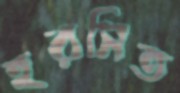
হরসিত